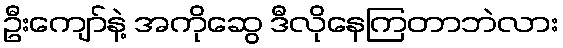
ဦးကျော်နဲ့ အကိုဆွေ ဒီလိုနေကြတာဘဲလား